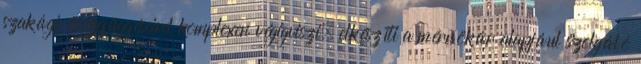
szakági összefüggéseivel komplexen végigviszi. elkészíti a mérnökár alapjául szolgáló